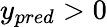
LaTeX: y_{pred}>0